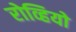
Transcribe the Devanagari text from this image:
रोव्हियो